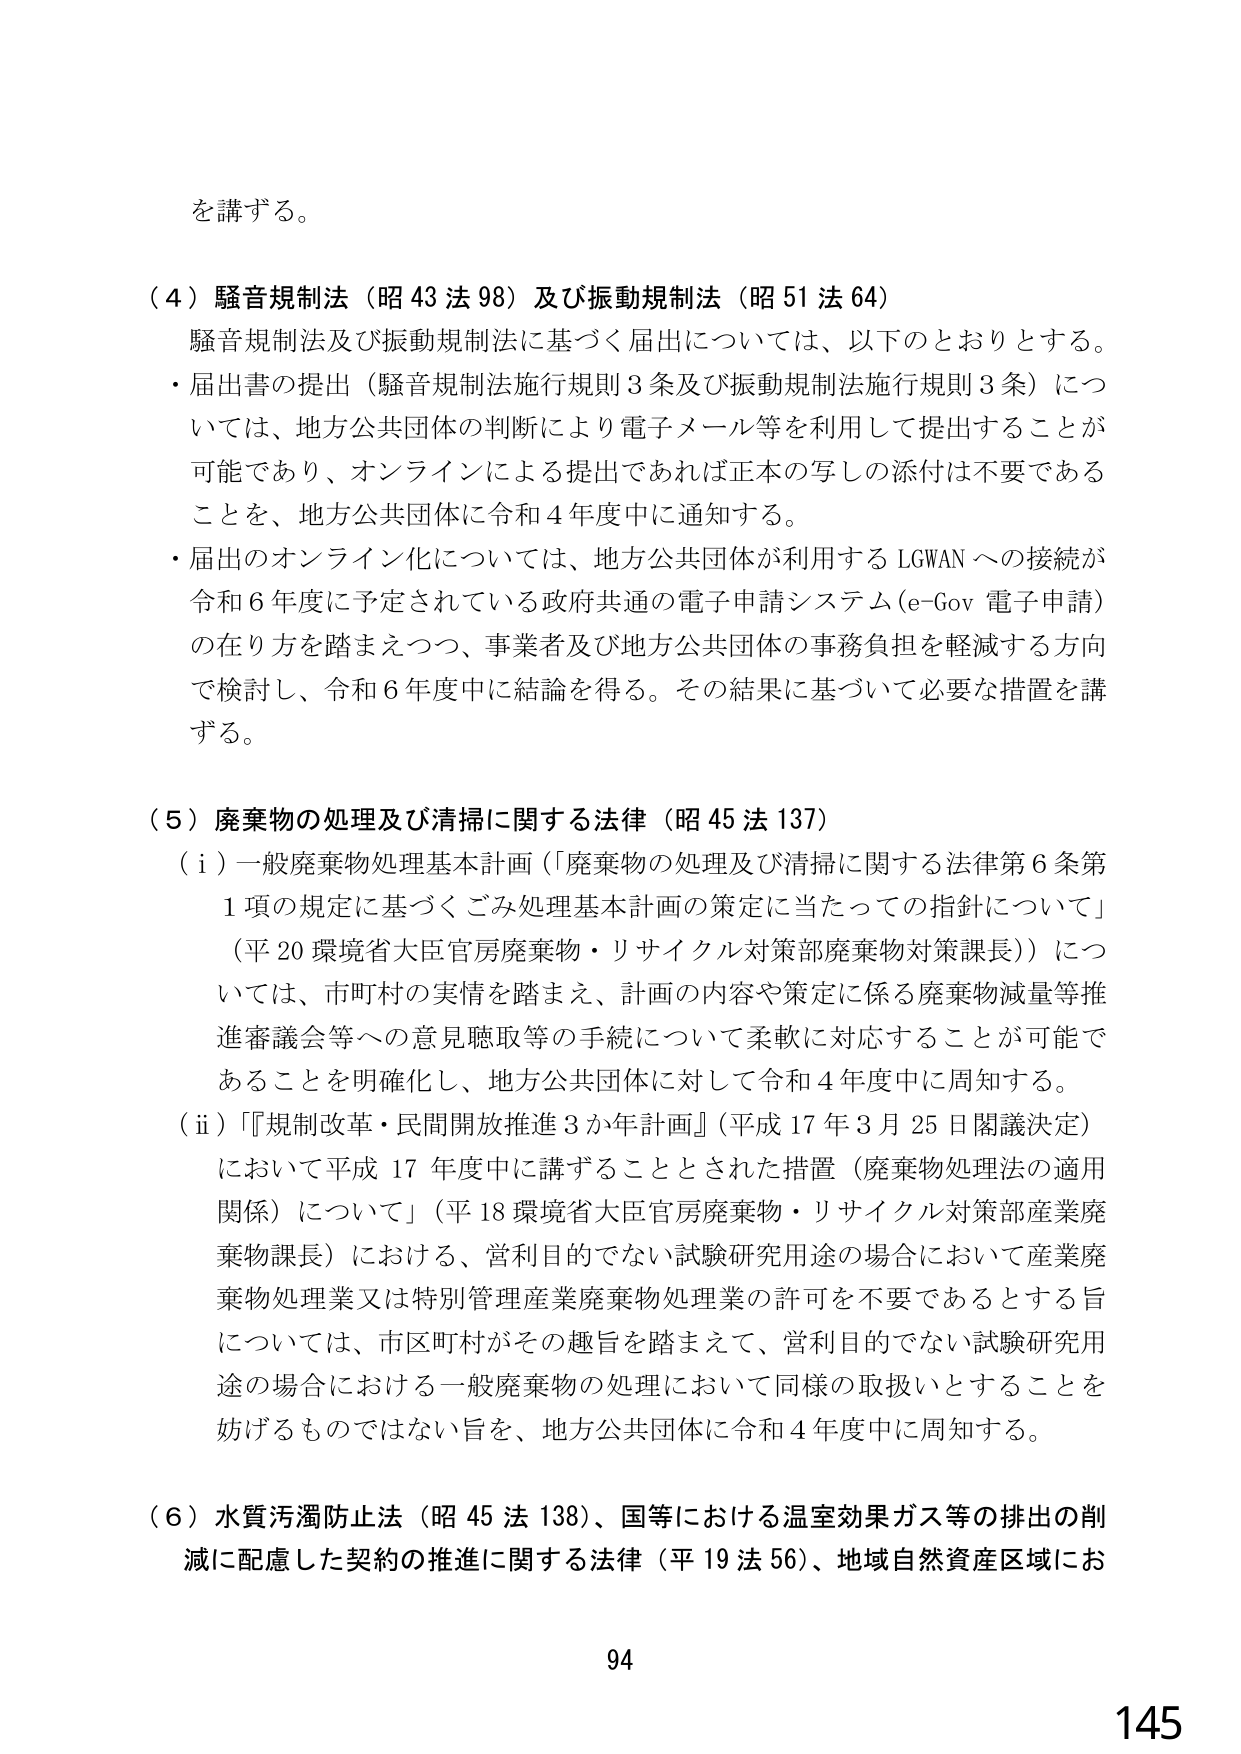
を講ずる。

（４）騒音規制法（昭43法98）及び振動規制法（昭51法64）
騒音規制法及び振動規制法に基づく届出については、以下のとおりとする。
・届出書の提出（騒音規制法施行規則3条及び振動規制法施行規則3条）については、地方公共団体の判断により電子メール等を利用して提出することが可能であり、オンラインによる提出であれば正本の写しの添付は不要であることを、地方公共団体に令和4年度中に通知する。
・届出のオンライン化については、地方公共団体が利用するLGWANへの接続が令和6年度に予定されている政府共通の電子申請システム（e-Gov 電子申請）の在り方を踏まえつつ、事業者及び地方公共団体の事務負担を軽減する方向で検討し、令和6年度中に結論を得る。その結果に基づいて必要な措置を講ずる。

（５）廃棄物の処理及び清掃に関する法律（昭45法137）
（ⅰ）一般廃棄物処理基本計画（「廃棄物の処理及び清掃に関する法律第6条第1項の規定に基づくごみ処理基本計画の策定に当たっての指針について」（平20環境省大臣官房廃棄物・リサイクル対策部廃棄物対策課長））については、市町村の実情を踏まえ、計画の内容や策定に係る廃棄物減量等推進審議会等への意見聴取等の手続について柔軟に対応することが可能であることを明確化し、地方公共団体に対して令和4年度中に周知する。
（ⅱ）「規制改革・民間開放推進3か年計画」（平成17年3月25日閣議決定）において平成17年度中に講ずることとされた措置（廃棄物処理法の適用関係）について」（平18環境省大臣官房廃棄物・リサイクル対策部産業廃棄物課長）における、営利目的でない試験研究用途の場合において産業廃棄物処理業又は特別管理産業廃棄物処理業の許可を不要であるとする旨については、市区町村がその趣旨を踏まえて、営利目的でない試験研究用途の場合における一般廃棄物の処理において同様の取扱いとすることを妨げるものではない旨を、地方公共団体に令和4年度中に周知する。

（６）水質汚濁防止法（昭45法138）、国等における温室効果ガス等の排出の削減に配慮した契約の推進に関する法律（平19法56）、地域自然資産区域にお

94
145